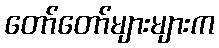
တော်တော်များများက